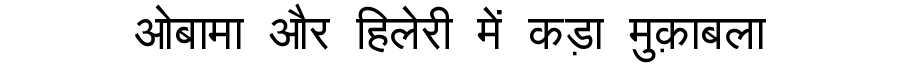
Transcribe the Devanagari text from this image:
ओबामा और हिलेरी में कड़ा मुक़ाबला